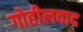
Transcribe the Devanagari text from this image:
गोहीलवाद